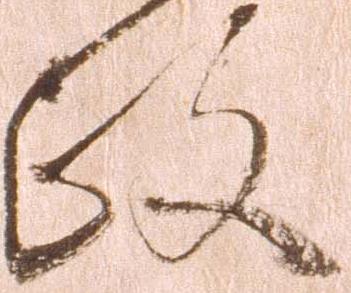
政